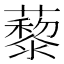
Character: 藜